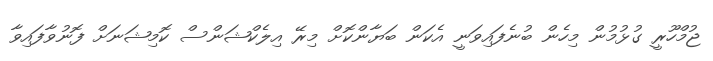
ޖުމްހޫރީ ގުޅުމުން މިހެން ބުނެފައިވަނީ އެކަން ބަޔާންކޮށް މިރޭ އިލެކްޝަންސް ކޮމިޝަނަށް ފޮނުވާފައިވާ